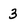
Character: 3